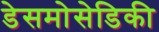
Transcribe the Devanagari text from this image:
डेसमोसेडिकी